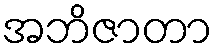
အဘိဇာတာ